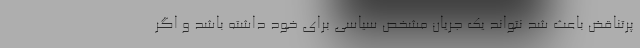
پرتناقض باعث شد نتواند یک جریان مشخص سیاسی برای خود داشته باشد و اگر